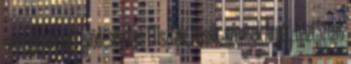
mezőgazdaság fejlődésével és 1 Tiszták, hősök, szentek Árpád-házi Szent